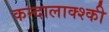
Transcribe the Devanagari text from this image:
कन्दालाक्श्की